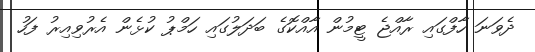
ދެވަނަ ހާފްގައި ރާއްޖެ ޓީމުން އާއްކޮގެ ބަދަލުގައި ހަމްޕު ކުޅެން އެރުވިއިރު ފަހު